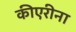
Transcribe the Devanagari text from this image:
कीएरीना